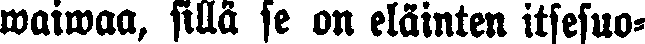
waiwaa, sillä se on eläinten itsesuo-